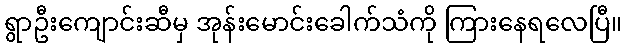
ရွာဦးကျောင်းဆီမှ အုန်းမောင်းခေါက်သံကို ကြားနေရလေပြီ။